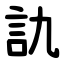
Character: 訅